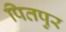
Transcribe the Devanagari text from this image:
पितपुर